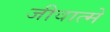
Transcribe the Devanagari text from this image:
जीवात्मे